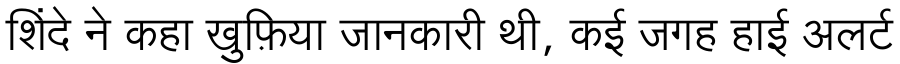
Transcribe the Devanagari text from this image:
शिंदे ने कहा खुफ़िया जानकारी थी, कई जगह हाई अलर्ट